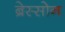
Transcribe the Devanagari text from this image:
ब्रेस्सोन